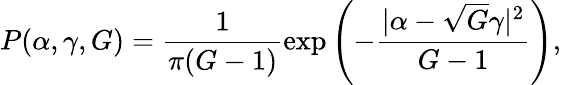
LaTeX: P(\alpha,\gamma,G)=\frac{1}{\pi(G-1)}\exp\left(-\frac{|\alpha-\sqrt{G}\gamma|^{2}}{G-1}\right),